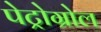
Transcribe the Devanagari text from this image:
पेट्रोग्रोल